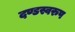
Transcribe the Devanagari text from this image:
दण्डस्वरुप